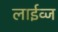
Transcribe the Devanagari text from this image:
लाईव्ज